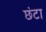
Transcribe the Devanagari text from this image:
छंटा